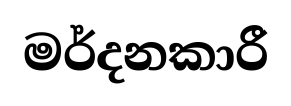
මර්දනකාරී